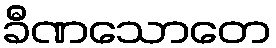
ခီဏသောတေ